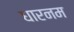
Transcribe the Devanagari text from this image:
धारनम